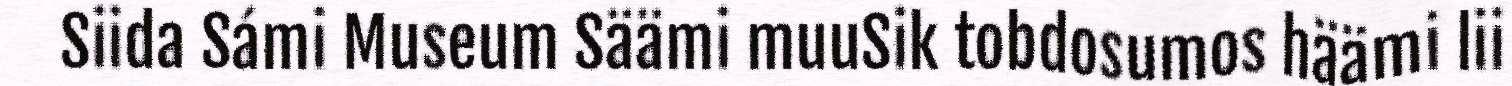
Siida Sámi Museum Säämi muuSik tobdosumos häämi lii